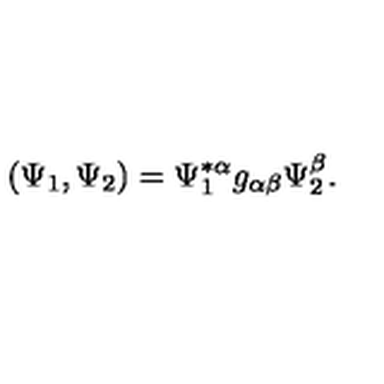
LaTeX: ( \Psi _ { 1 } , \Psi _ { 2 } ) = \Psi _ { 1 } ^ { * \alpha } g _ { \alpha \beta } \Psi _ { 2 } ^ { \beta } .